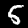
Digit: 5